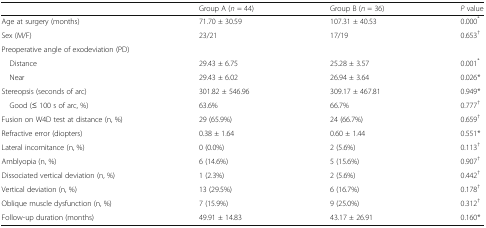
|  | Group A (n = 44) | Group B (n = 36) | P value |
 | --- | --- | --- | --- |
 | Age at surgery (months) | 71.70 ± 30.59 | 107.31 ± 40.53 | 0.000* |
 | Sex (M/F) | 23/21 | 17/19 | 0.653† |
 | <COLSPAN=4> Preoperative angle of exodeviation (PD) |
 | Distance | 29.43 ± 6.75 | 25.28 ± 3.57 | 0.001* |
 | Near | 29.43 ± 6.02 | 26.94 ± 3.64 | 0.026* |
 | Stereopsis (seconds of arc) | 301.82 ± 546.96 | 309.17 ± 467.81 | 0.949* |
 | Good (≤ 100 s of arc, %) | 63.6% | 66.7% | 0.777† |
 | Fusion on W4D test at distance (n, %) | 29 (65.9%) | 24 (66.7%) | 0.659† |
 | Refractive error (diopters) | 0.38 ± 1.64 | 0.60 ± 1.44 | 0.551* |
 | Lateral incomitance (n, %) | 0 (0.0%) | 2 (5.6%) | 0.113† |
 | Amblyopia (n, %) | 6 (14.6%) | 5 (15.6%) | 0.907† |
 | Dissociated vertical deviation (n, %) | 1 (2.3%) | 2 (5.6%) | 0.442† |
 | Vertical deviation (n, %) | 13 (29.5%) | 6 (16.7%) | 0.178† |
 | Oblique muscle dysfunction (n, %) | 7 (15.9%) | 9 (25.0%) | 0.312† |
 | Follow-up duration (months) | 49.91 ± 14.83 | 43.17 ± 26.91 | 0.160* |